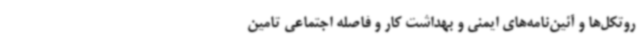
روتکل‌ها و آئین‌نامه‌های ایمنی و بهداشت کار و فاصله اجتماعی تامین